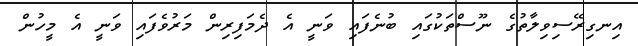
އިނގިރޭސިވިލާތުގެ ނޫސްތަކުގައި ބުނެފައި ވަނީ އެ ދެމަފިރިން މަރުވެފައި ވަނީ އެ މީހުން